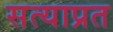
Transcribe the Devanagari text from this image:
सत्याप्रत